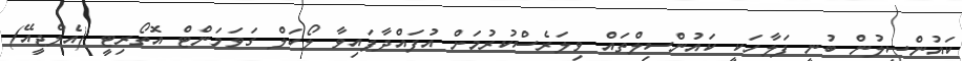
ކައުންސިލުން ބުނީ ފަލާހަކީ ކައުންސިލްތައް ވިލަރެސްކުރުމަށް އުފައްދާފައިވާ ލޯކަލް ގަވަމަންޓް އޮތޯރިޓީ (އެލްޖީއޭ)